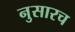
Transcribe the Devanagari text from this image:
नुसारच